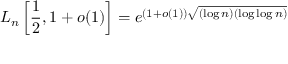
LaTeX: L _ { n } \left[ { \frac { 1 } { 2 } } , 1 + o ( 1 ) \right] = e ^ { ( 1 + o ( 1 ) ) { \sqrt { ( \log n ) ( \log \log n ) } } }